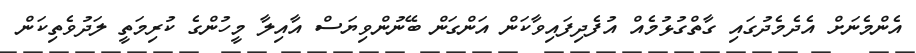
އެންމެނަށް އެދެމެދުގައި ގާތްގުޅުމެއް އުފެދިފައިވާކަން އަންގަން ބޭނުންވިޔަސް އާއިލާ މީހުންގެ ކުރިމަތީ ލަދުވެތިކަން